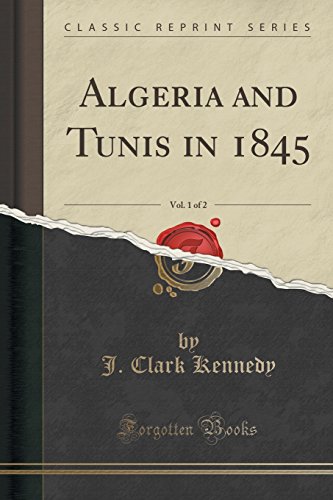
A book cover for Algeria and Tunis in 1845, Vol. 1 of 2 (Classic Reprint); J. Clark Kennedy; Travel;